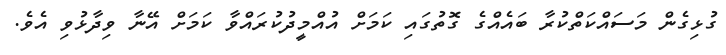
ގުޅިގެން މަސައްކަތްކުރާ ބައެއްގެ ގޮތުގައި ކަމަށް އުއްމީދުކުރައްވާ ކަމަށް އޭނާ ވިދާޅުވި އެވެ.